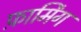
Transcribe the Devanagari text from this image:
फ़ार्मिंग